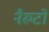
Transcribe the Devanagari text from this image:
नैरुटो